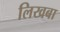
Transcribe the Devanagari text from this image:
लिखबा